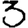
Digit: 3